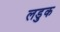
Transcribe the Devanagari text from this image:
लडुक